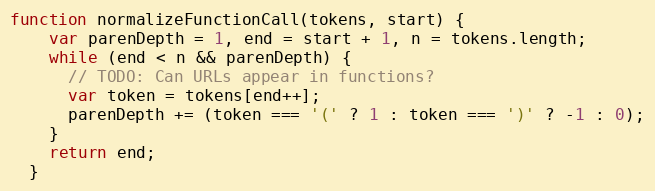
Language: JavaScript
function normalizeFunctionCall(tokens, start) {
    var parenDepth = 1, end = start + 1, n = tokens.length;
    while (end < n && parenDepth) {
      // TODO: Can URLs appear in functions?
      var token = tokens[end++];
      parenDepth += (token === '(' ? 1 : token === ')' ? -1 : 0);
    }
    return end;
  }